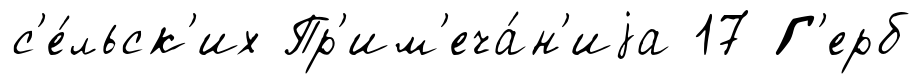
с'е́льск'их Пр'им'еча́н'иjа 17 Г'ерб